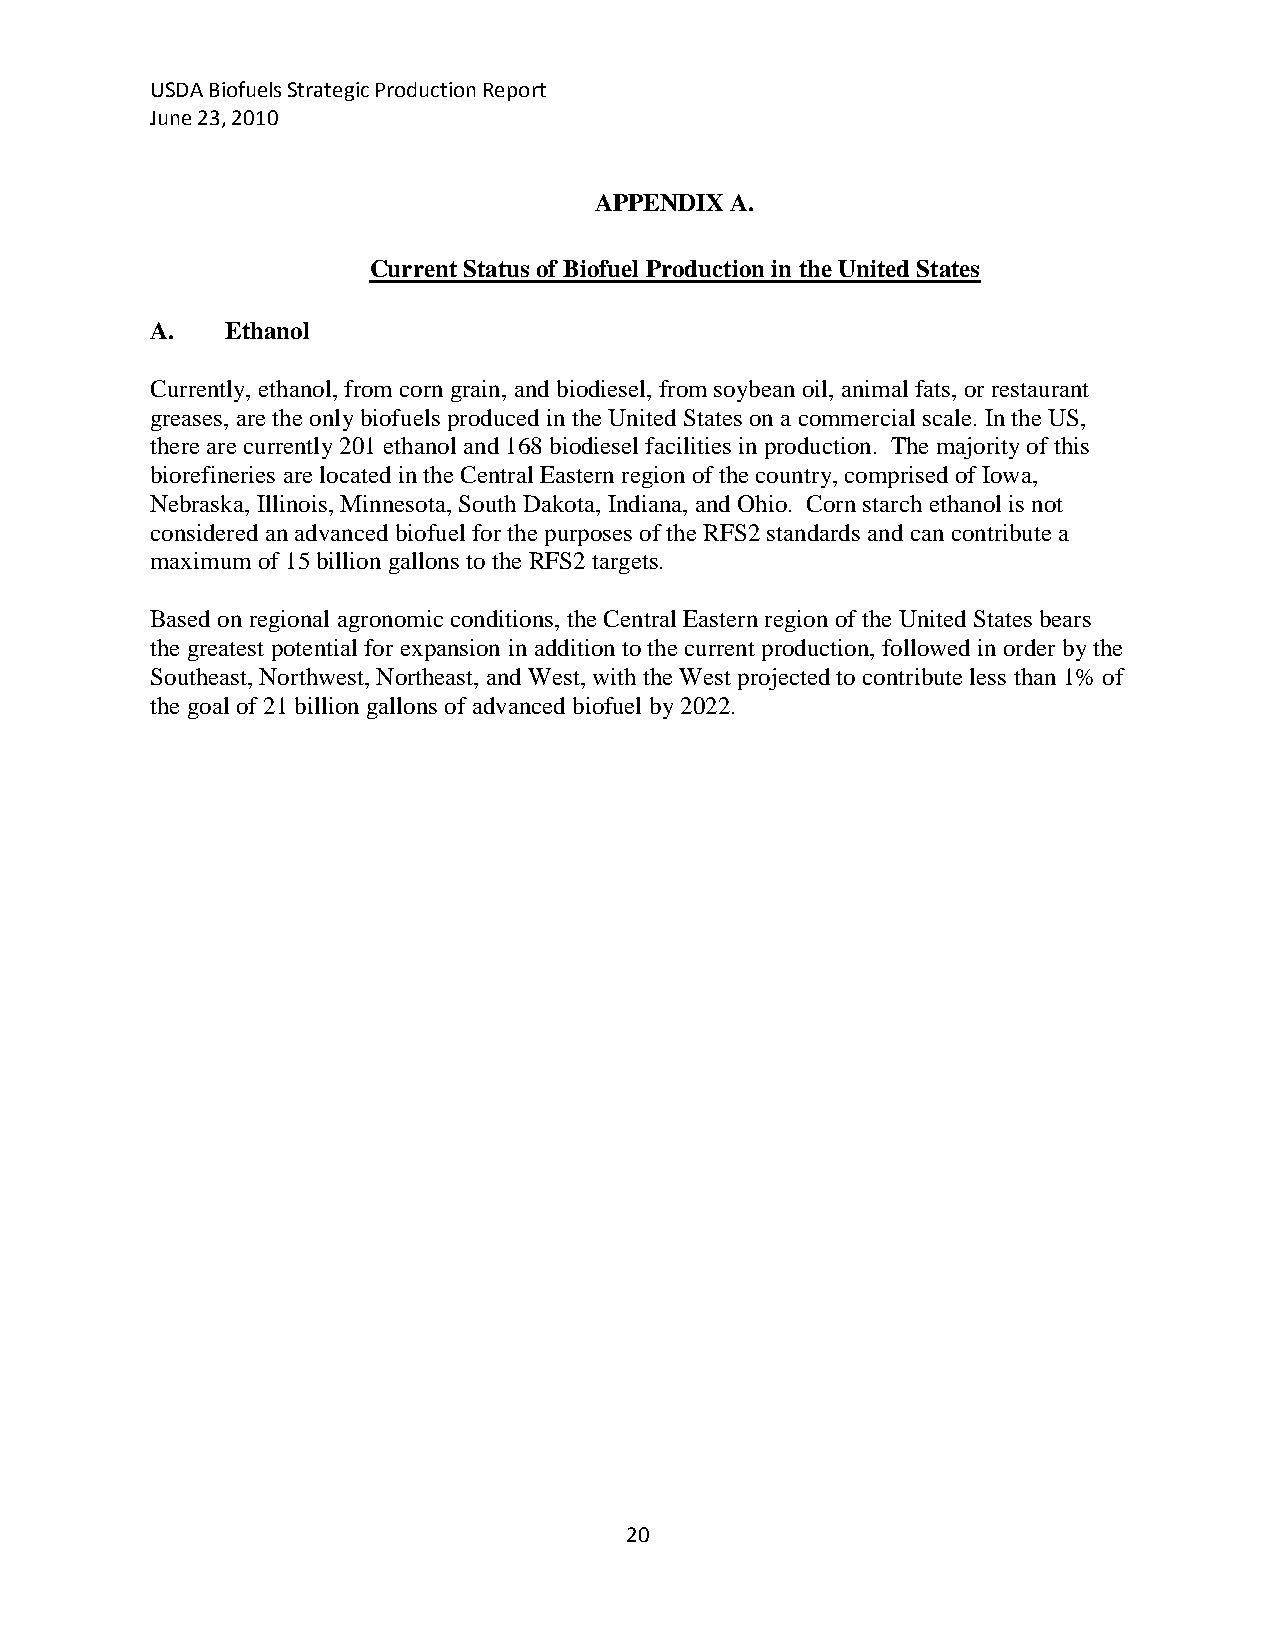
USDA Biofuels Strategic Production Report
 June 23, 2010
 APPENDIX A.
 Current Status of Biofuel Production in the United States
 A.   Ethanol
 Currently, ethanol, from corn grain, and biodiesel, from soybean oil, animal fats, or restaurant
 greases, are the only biofuels produced in the United States on a commercial scale. In the US,
 there are currently 201 ethanol and 168 biodiesel facilities in production. The majority of this
 biorefineries are located in the Central Eastern region of the country, comprised of Iowa,
 Nebraska, Illinois, Minnesota, South Dakota, Indiana, and Ohio. Corn starch ethanol is not
 considered an advanced biofuel for the purposes of the RFS2 standards and can contribute a
 maximum of 15 billion gallons to the RFS2 targets.
 Based on regional agronomic conditions, the Central Eastern region of the United States bears
 the greatest potential for expansion in addition to the current production, followed in order by the
 Southeast, Northwest, Northeast, and West, with the West projected to contribute less than 1% of
 the goal of 21 billion gallons of advanced biofuel by 2022.
 20